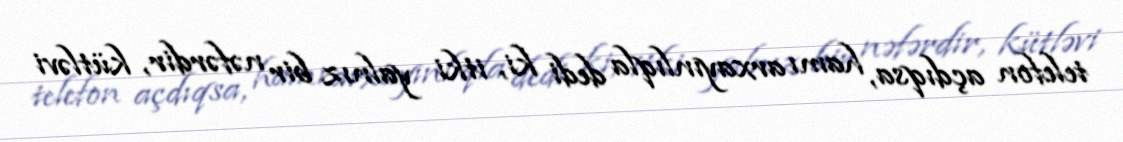
telefon açdıqsa, hamı arxayınlıqla dedi ki, itki yalnız bir nəfərdir, kütləvi